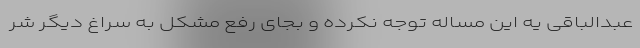
عبدالباقی یه این مساله توجه نکرده و بجای رفع مشکل به سراغ دیگر شر